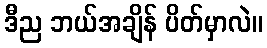
ဒီည ဘယ်အချိန် ပိတ်မှာလဲ။